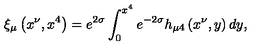
\xi _ { \mu } \left( x ^ { \nu } , x ^ { 4 } \right) = e ^ { 2 \sigma } \int _ { 0 } ^ { x ^ { 4 } } e ^ { - 2 \sigma } h _ { \mu 4 } \left( x ^ { \nu } , y \right) d y ,